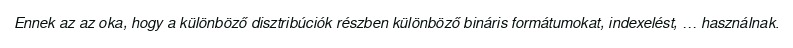
Ennek az az oka, hogy a különböző disztribúciók részben különböző bináris formátumokat, indexelést, … használnak.